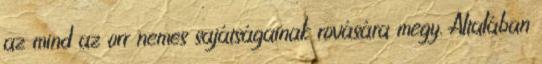
az mind az orr nemes sajátságainak rovására megy. Általában